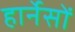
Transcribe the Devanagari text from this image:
हार्नेसों